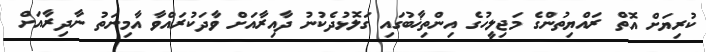
ކުރިޔަށް އޮތް ރައްޔިތުންގެ މަޖިލީހުގެ އިންތިޚާބުގައި ގަލޮޅުދެކުނު ދާއިރާއަށް ވާދަކުރައްވާ އާމިނަތު ނާދިރާއަށް